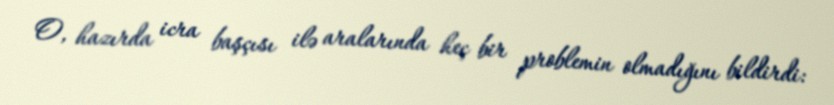
O, hazırda icra başçısı ilə aralarında heç bir problemin olmadığını bildirdi: